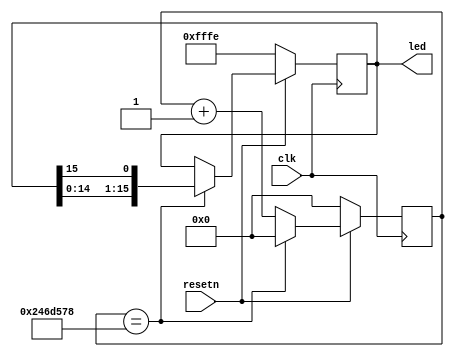
`timescale 1ns / 1ps
//////////////////////////////////////////////////////////////////////////////////
// Company: 
// Engineer: 
// 
// Design Name: 
// Module Name: scroller
// Project Name: 
// Target Devices: 
// Tool Versions: 
// Description: 
// 
// Dependencies: 
// 
// Revision:
// Revision 0.01 - File Created
// Additional Comments:
// 
//////////////////////////////////////////////////////////////////////////////////


module scroller #(
    parameter CNT_1S = 27'd38_196_600
)(
    input         clk,
    input         resetn,
    output reg [15:0] led
);

reg [26:0] cnt;
wire cnt_eq_1s;
assign cnt_eq_1s = cnt==CNT_1S;
always @(posedge clk)
begin
    if (!resetn)
    begin
        cnt <= 27'd0;
    end
    else if (cnt_eq_1s)
    begin
        cnt <= 27'd0;
    end
    else
    begin
        cnt <= cnt + 1'b1;
    end
end

always @(posedge clk)
begin
    if (!resetn)
    begin
        led <= 16'hfffe;
    end
    else if (cnt_eq_1s)
    begin
        led <= {led[14:0],led[15]};
    end
end
endmodule